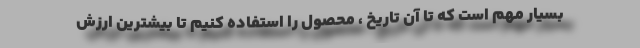
بسیار مهم است که تا آن تاریخ ، محصول را استفاده کنیم تا بیشترین ارزش